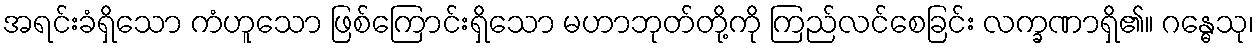
အရင်းခံရှိသော ကံဟူသော ဖြစ်ကြောင်းရှိသော မဟာဘုတ်တို့ကို ကြည်လင်စေခြင်း လက္ခဏာရှိ၏။ ဂန္ဓေသု၊